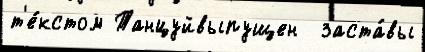
т'е́кстом Танцуйвыпущен  заста́вы